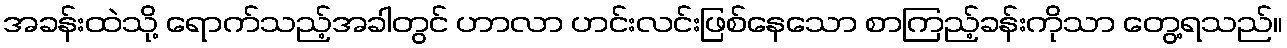
အခန်းထဲသို့ ရောက်သည့်အခါတွင် ဟာလာ ဟင်းလင်းဖြစ်နေသော စာကြည့်ခန်းကိုသာ တွေ့ရသည်။